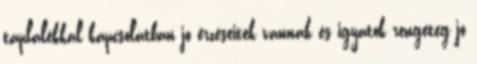
táplálékkal kapcsolatban jó érzéseitek vannak és igyatok rengeteg jó